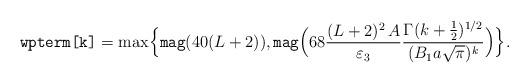
LaTeX: \begin{align*}\texttt{wpterm[k]} = \max\Bigl\{\texttt{mag}(40(L+2)),\texttt{mag}\Bigl(68\frac{(L+2)^2\, A}{\varepsilon_3}\frac{\Gamma(k+\frac12)^{1/2}}{(B_1 a\sqrt{\pi})^k}\Bigr)\Bigr\}.\end{align*}